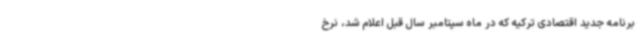
برنامه جدید اقتصادی ترکیه که در ماه سپتامبر سال قبل اعلام شد، نرخ